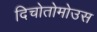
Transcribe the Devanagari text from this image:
दिचोतोमोउस